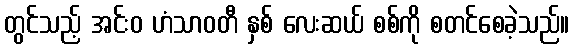
တွင်သည့် အင်းဝ ဟံသာဝတီ နှစ် လေးဆယ် စစ်ကို စတင်စေခဲ့သည်။